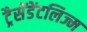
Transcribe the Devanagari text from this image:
ट्रैसेंडेंटलिज्म